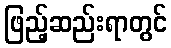
ဖြည့်ဆည်းရာတွင်